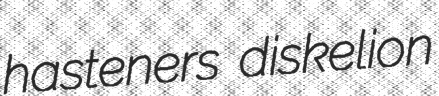
hasteners diskelion